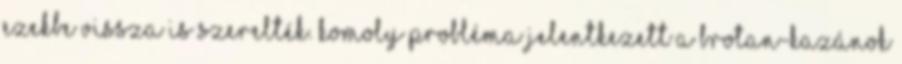
ezekbe vissza is szerelték. Komoly probléma jelentkezett a Brotan-kazánok